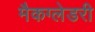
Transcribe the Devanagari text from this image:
मैकग्लेडरी